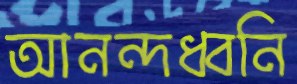
আনন্দধ্বনি